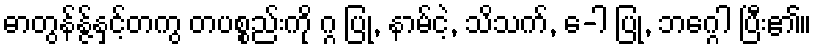
ဓာတွန်န္ဇ်နှင့်တကွ တပစ္စည်းကို ဂ္ဂ ပြု, နာမ်ငဲ့, သိသက်, ေ-ါ ပြု, ဘဂ္ဂေါ ပြီး၏။